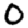
Digit: 0